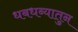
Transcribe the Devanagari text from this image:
धबधब्यातुन